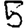
Digit: 5